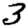
Digit: 3